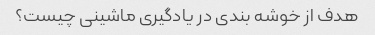
هدف از خوشه بندی در یادگیری ماشینی چیست؟